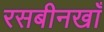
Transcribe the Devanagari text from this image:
रसबीनखाँ